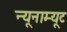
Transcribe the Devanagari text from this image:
न्यूनाम्यूट